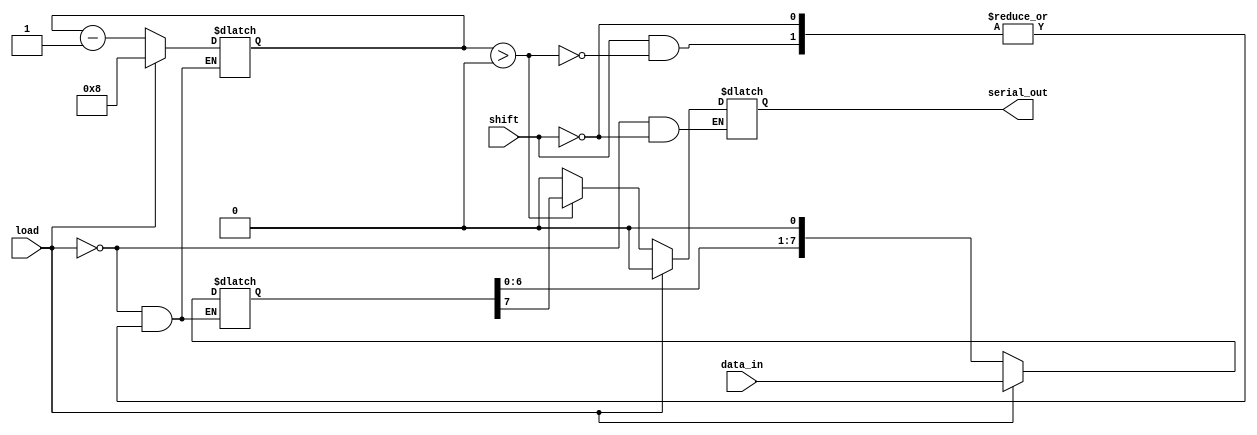
module piso_register #(
    parameter N = 8 // Parameter for width of the register
)(
    input wire [N-1:0] data_in,  // Parallel data input
    input wire load,              // Asynchronous load signal
    input wire shift,             // Asynchronous shift signal
    output reg serial_out         // Serial output
);

    reg [N-1:0] shift_reg;        // Shift register to hold the data
    reg [3:0] bit_count;          // Counter to keep track of the bits shifted out

    always @(*) begin
        if (load) begin
            // Load data into the shift register
            shift_reg <= data_in;
            bit_count <= N; // Reset bit count to N
            serial_out <= 1'b0; // Output remains unchanged during load
        end
        else if (shift) begin
            if (bit_count > 0) begin
                // Shift data out
                serial_out <= shift_reg[N-1]; // Output the MSB
                shift_reg <= {shift_reg[N-2:0], 1'b0}; // Shift left
                bit_count <= bit_count - 1; // Decrement bit count
            end
            else begin
                serial_out <= 1'b0; // If no bits left, output zero
            end
        end
    end

endmodule